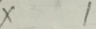
x 1